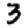
Digit: 3